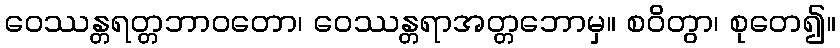
ဝေဿန္တရတ္တဘာဝတော၊ ဝေဿန္တရာအတ္တဘောမှ။ စဝိတွာ၊ စုတေ၍။